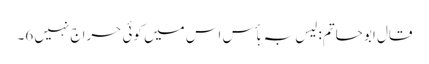
قال ابو حاتم: لیس بہ بأس اس میں کوئی حراج نہیں 6۔